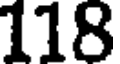
118